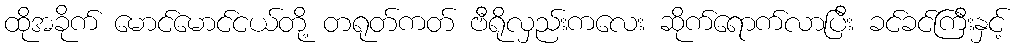
ထိုအခိုက် မောင်မောင်ငယ်တို့ တရုတ်ကတ် ဗီရိုလှည်းကလေး ဆိုက်ရောက်လာပြီး ခင်ခင်ကြီးနှင့်